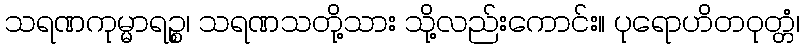
သရဏကုမ္မာရဉ္စ၊ သရဏသတို့သား သို့လည်းကောင်း။ ပုရောဟိတဝုတ္တံ၊